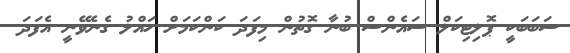
ސަބަބަކީ ޕޮލިޓިކަލް ސައެންސް ބުނާ ގޮތުން މިފަދަ ކަންކަމަށް ހައްލު ގެނެވޭނީ އެފަދަ